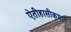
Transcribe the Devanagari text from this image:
ऐतीहासीकभाग